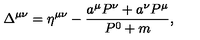
\Delta ^ { \mu \nu } = \eta ^ { \mu \nu } - \frac { a ^ { \mu } P ^ { \nu } + a ^ { \nu } P ^ { \mu } } { P ^ { 0 } + m } ,